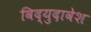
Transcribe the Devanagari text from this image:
विद्युदावेश